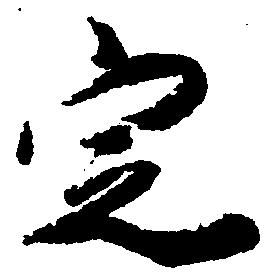
定